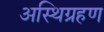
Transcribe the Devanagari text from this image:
अस्थिग्रहण